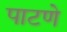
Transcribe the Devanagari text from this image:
पाटणे